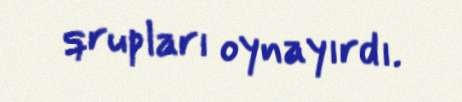
qrupları oynayırdı.